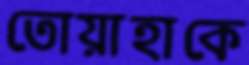
তোয়াহাকে